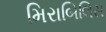
મિરાબિલિસ